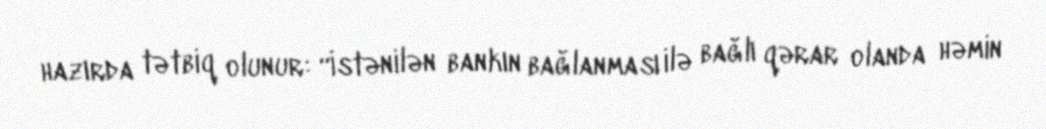
hazırda tətbiq olunur: “İstənilən bankın bağlanması ilə bağlı qərar olanda həmin